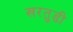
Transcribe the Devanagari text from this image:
खरतुडी